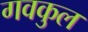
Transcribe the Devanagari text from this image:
गवकुल